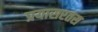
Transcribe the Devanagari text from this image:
प्रयासरतस